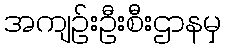
အကျဉ်းဦးစီးဌာနမှ